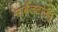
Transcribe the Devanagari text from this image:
मार्बलटाउन